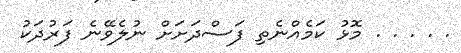
. . . . . މޮޅު ކަމެއްނެތި ފަސްދަށަށް ނުލެވޭނެ ފަރުދަކު